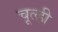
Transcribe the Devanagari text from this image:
चूल्ही